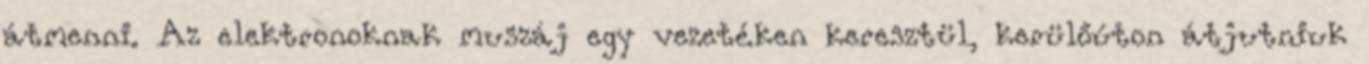
átmenni. Az elektronoknak muszáj egy vezetéken keresztül, kerülőúton átjutniuk